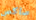
ساكس